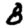
Digit: 8